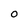
Character: 0